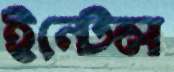
ইন্টেল